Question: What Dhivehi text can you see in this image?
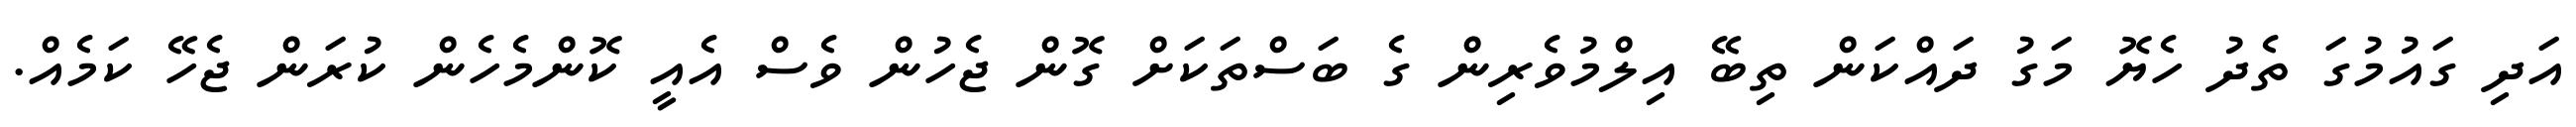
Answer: އަދި ގައުމުގަ ތެދު ހެޔޮ މަގު ދައްކަން ތިބޭ އިލްމުވެރިން ގެ ބަސްތަކަށް ގޮން ޖެހުން ވެސް އެއީ ކޮންމެހެން ކުރަން ޖެހޭ ކަމެއް.